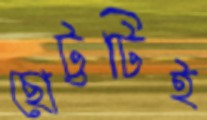
ছোট্টটিই